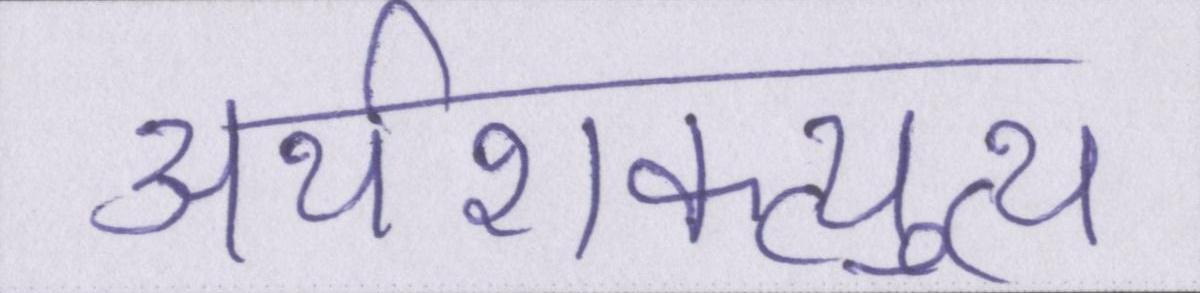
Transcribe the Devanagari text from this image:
अर्थशक्त्युत्थ